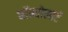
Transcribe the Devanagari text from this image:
बॉम्वोलार्ट